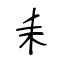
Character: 耒